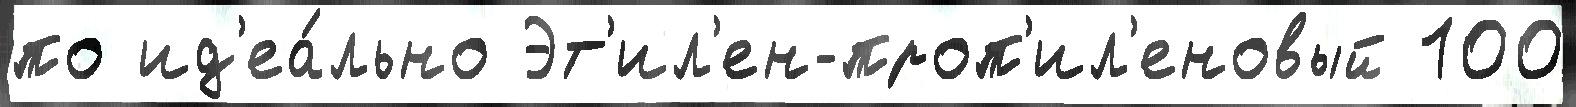
по ид'еа́льно Эт'ил'ен-проп'ил'еновый 100